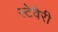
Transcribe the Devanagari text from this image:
स्टेवैरी